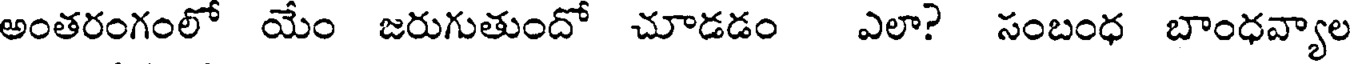
అంతరంగంలో యేం జరుగుతుందో చూడడం ఎలా? సంబంధ బాంధవ్యాల